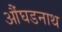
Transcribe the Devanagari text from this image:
औंघडनाथ